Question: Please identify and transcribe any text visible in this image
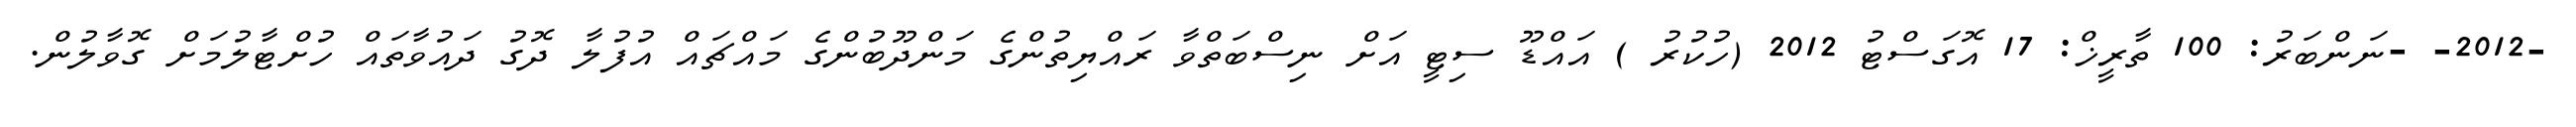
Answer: -2012- -ނަންބަރު: 100 ތާރީޚް: 17 އޮގަސްޓު 2012 (ހުކުރު ) އައްޑޫ ސިޓީ އަށް ނިސްބަތްވާ ރައްޔިތުންގެ މަންދޫބުންގެ މައްޗައް އުފުލާ ދޮގު ދައުވާތައް ހުށްޓާލުމަށް ގޮވާލުން.